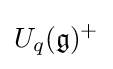
U_{q}({\mathfrak {g}})^{+}